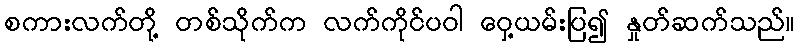
စကားလက်တို့ တစ်သိုက်က လက်ကိုင်ပဝါ ဝှေ့ယမ်းပြ၍ နှုတ်ဆက်သည်။